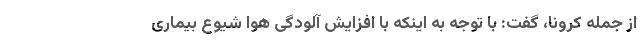
از جمله کرونا، گفت: با توجه به اینکه با افزایش آلودگی هوا شیوع بیماری